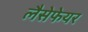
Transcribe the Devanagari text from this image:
लैसेफेयर